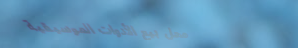
محل بيع الأدوات الموسيقية